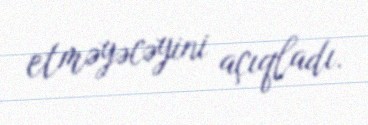
etməyəcəyini açıqladı.